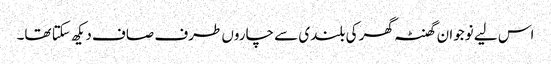
اس لیے نوجوان گھنٹہ گھر کی بلندی سے چاروں طرف صاف دیکھ سکتا تھا۔